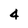
Character: 4